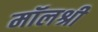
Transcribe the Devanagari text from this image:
मॉलश्री